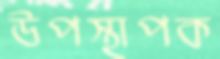
উপস্থাপক